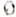
0